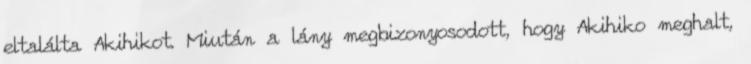
eltalálta Akihikot. Miután a lány megbizonyosodott, hogy Akihiko meghalt,